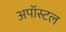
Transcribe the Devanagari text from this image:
अपॉस्टल